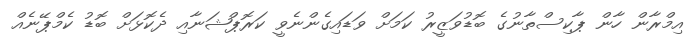
އިމްރާން ހާން ޕާކިސްތާނުގެ ބޮޑުވަޒީރު ކަމަށް ވަޑައިގެންނެވީ ކަރޮޕްޝަނާއި ދެކޮޅަށް ބޮޑު ކެމްޕޭނެއް